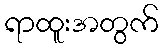
ရာထူးအတွက်